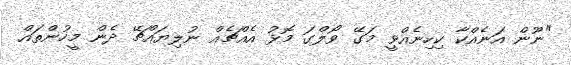
"ނޫން އަނެއްކާ ކިހިނެއްވީ މަގޭ ވޯލްގަ މޮޅު އެއްޗެއް ނުލިޔައްޗޭ ދެން މީހުންތައް